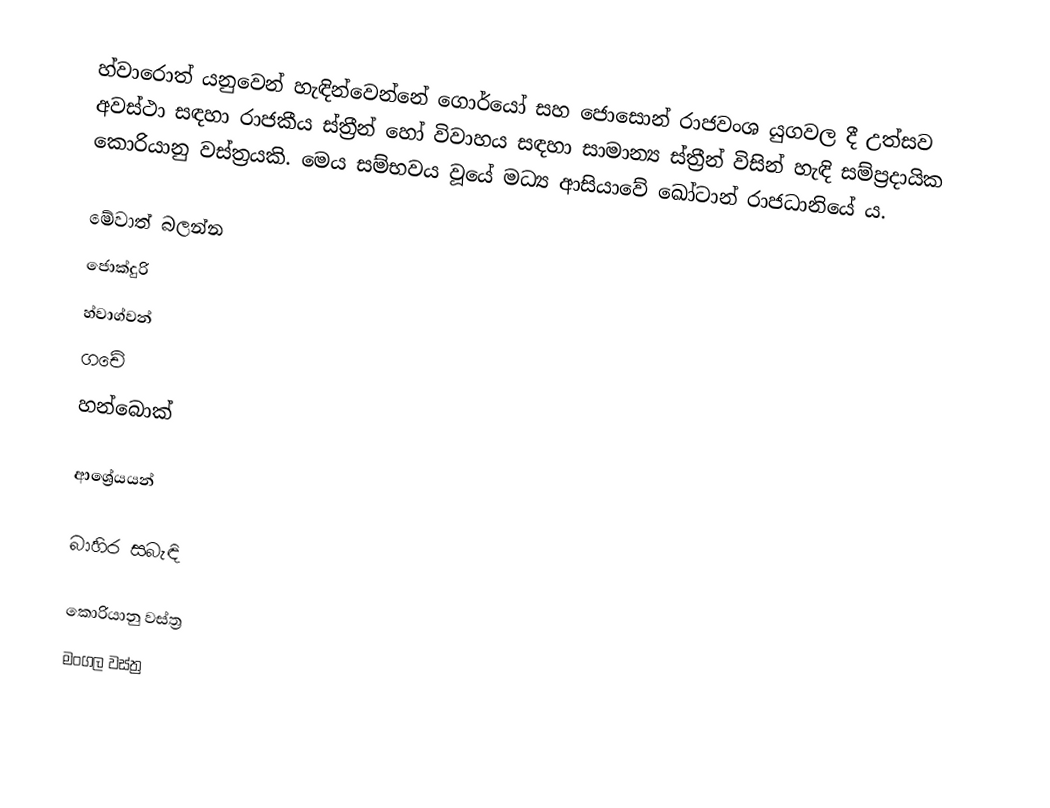
හ්වාරොත් ‍යනුවෙන් හැඳින්වෙන්නේ ගොර්යෝ සහ ජොසොන් රාජවංශ යුගවල දී උත්සව අවස්ථා සඳහා රාජකීය ස්ත්‍රීන් හෝ විවාහය සඳහා සාමාන්‍ය ස්ත්‍රීන් විසින් හැඳි සම්ප්‍රදායික කොරියානු වස්ත්‍රයකි. මෙය සම්භවය වූයේ මධ්‍ය ආසියාවේ ඛෝටාන් රාජධානියේ ය.

මේවාත් බලන්න
ජොක්දුරි
හ්වාග්වන්
ගචේ
හන්බොක්

ආශ්‍රේයයන්

බාහිර සබැඳි

කොරියානු වස්ත්‍ර
මංගල වස්ත්‍ර